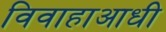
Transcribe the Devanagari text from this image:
विवाहाआधी